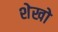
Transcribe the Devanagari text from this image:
शेखो